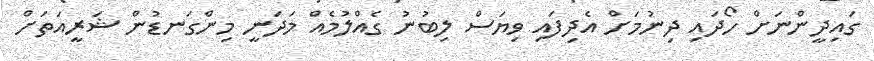
ގައިދީންނަށް ހޯދައި ދިނުމަށް އެދިފައި ވިޔަސް ލިބުނު ގެއްލުމެއް މަދަނީ މިންގަނޑުން ޝަރީއަތަށް